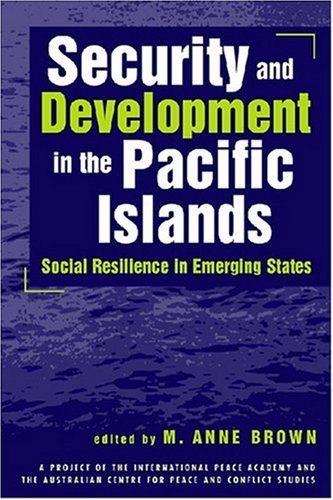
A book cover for Security and Development in the Pacific Islands: Social Resilience in Emerging States; History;